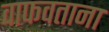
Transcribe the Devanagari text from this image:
वाफवताना